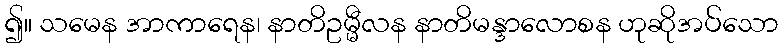
၍။ သမေန အာကာရေန၊ နာတိဥမ္မီလန နာတိမန္ဒာလောစန ဟုဆိုအပ်သော